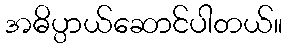
အဓိပ္ပာယ်ဆောင်ပါတယ်။